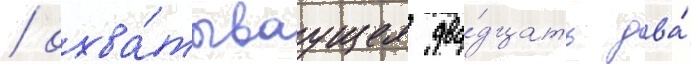
/ охва́тываущее два́дцать два́